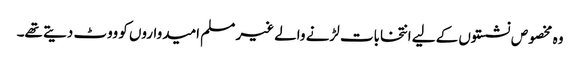
وہ مخصوص نشستوں کے لیے انتخابات لڑنے والے غیر مسلم امیدواروں کو ووٹ دیتے تھے۔